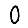
Digit: 0